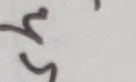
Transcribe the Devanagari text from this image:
र्म्